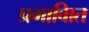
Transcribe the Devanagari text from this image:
प्रभावाित